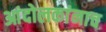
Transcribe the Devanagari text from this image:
आंदोलकांनाच